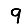
Digit: 9